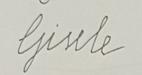
Signature authenticity: forged